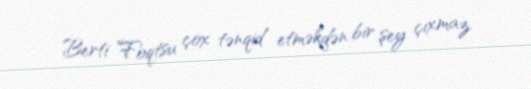
Berti Foqtsu çox tənqid etməkdən bir şey çıxmaz.